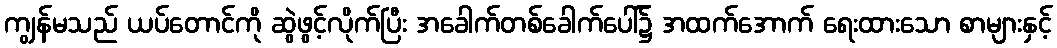
ကျွန်မသည် ယပ်တောင်ကို ဆွဲဖွင့်လိုက်ပြီး အခေါက်တစ်ခေါက်ပေါ်၌ အထက်အောက် ရေးထားသော စာများနှင့်